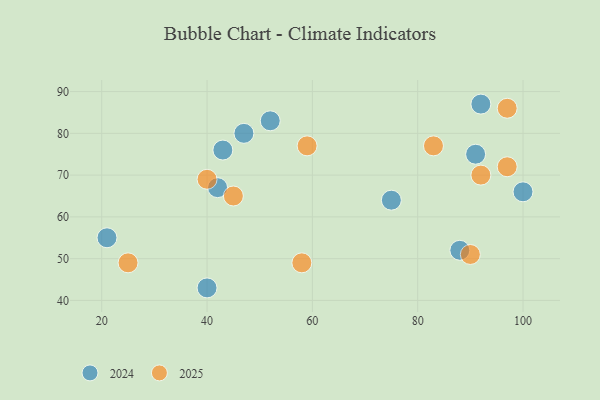
{"axis": {"x": "GDP", "y": "Life Expectancy"}, "legend": ["2024", "2025"], "data": [{"x": "97", "y": 72, "type": "2025"}, {"x": "97", "y": 86, "type": "2025"}, {"x": "83", "y": 77, "type": "2025"}, {"x": "92", "y": 70, "type": "2025"}, {"x": "45", "y": 65, "type": "2025"}, {"x": "59", "y": 77, "type": "2025"}, {"x": "58", "y": 49, "type": "2025"}, {"x": "90", "y": 51, "type": "2025"}, {"x": "25", "y": 49, "type": "2025"}, {"x": "40", "y": 69, "type": "2025"}, {"x": "42", "y": 67, "type": "2024"}, {"x": "88", "y": 52, "type": "2024"}, {"x": "52", "y": 83, "type": "2024"}, {"x": "92", "y": 87, "type": "2024"}, {"x": "47", "y": 80, "type": "2024"}, {"x": "40", "y": 43, "type": "2024"}, {"x": "75", "y": 64, "type": "2024"}, {"x": "91", "y": 75, "type": "2024"}, {"x": "100", "y": 66, "type": "2024"}, {"x": "21", "y": 55, "type": "2024"}, {"x": "43", "y": 76, "type": "2024"}]}